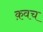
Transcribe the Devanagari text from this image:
क़वच